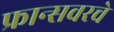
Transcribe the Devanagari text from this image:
फ्रान्सवरचे